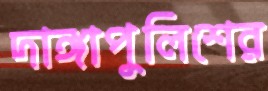
দাঙ্গাপুলিশের